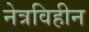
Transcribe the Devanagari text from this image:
नेत्रविहीन